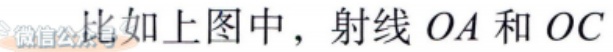
微信公比如上图中，射线 \(OA\) 和 \(OC\)